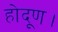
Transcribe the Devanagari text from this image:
होदूण।